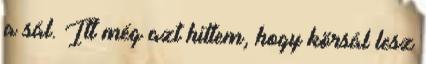
a sál. Itt még azt hittem, hogy körsál lesz